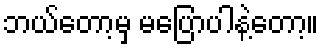
ဘယ်တော့မှ မပြောပါနဲ့တော့။